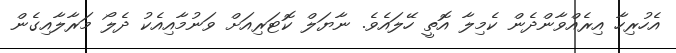
އެހުރިހާ އިރެއްވާންދެން ކެމިލާ އޮތީ ހޭލައެވެ. ނާޔަލް ކޮޓަރިއަށް ވަނުމާއިއެކު ދެލޯ މަރާލާއިގެން